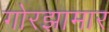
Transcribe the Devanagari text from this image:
गोरझामार